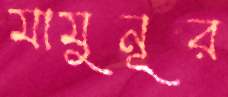
মামুনূর